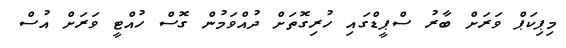
މިޕިކަޕް ވަރަށް ބާރު ސްޕީޑްގައި ހުރިގޮތަށް ދުއްވަމުން ގޮސް ހުއްޓީ ވަރަށް އުސް